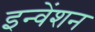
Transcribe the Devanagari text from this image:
इन्वेंशन